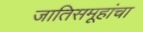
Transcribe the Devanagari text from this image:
जातिसमूहांचा